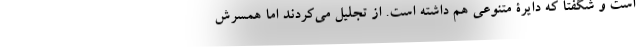
است و شگفتا که دایرۀ متنوعی هم داشته است. از تجلیل می‌کردند اما همسرش